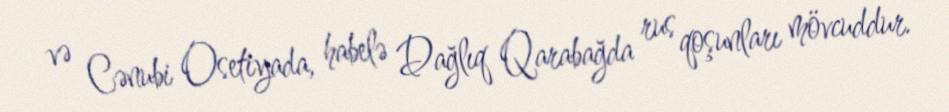
və Cənubi Osetiyada, habelə Dağlıq Qarabağda rus qoşunları mövcuddur.